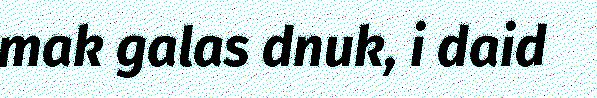
mak galas dnuk, i daid